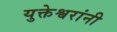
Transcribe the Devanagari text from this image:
युक्तेश्वरांनी